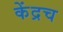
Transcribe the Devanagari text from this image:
केंद्रच